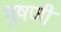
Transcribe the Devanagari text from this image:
भूषणी